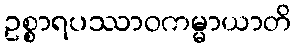
ဥစ္စာရပဿာဝကမ္မာယာတိ